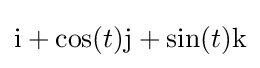
\mathrm {i} +\cos(t)\mathrm {j} +\sin(t)\mathrm {k}